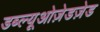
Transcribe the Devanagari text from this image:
डब्ल्यूओज़ेडज़ेड